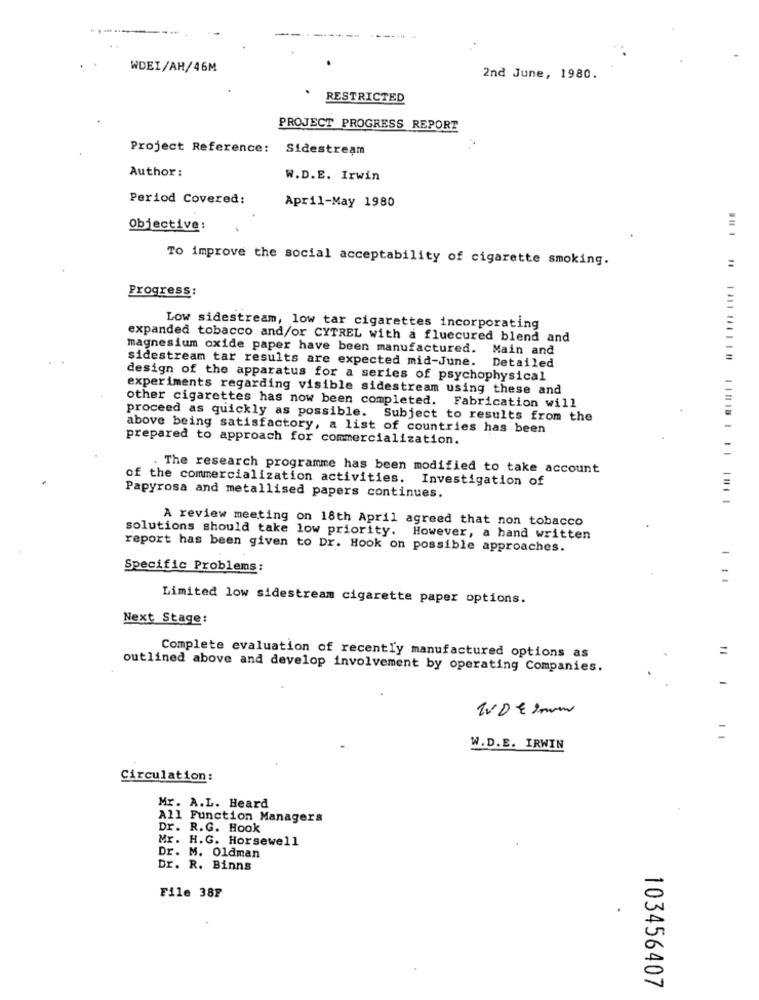
..-.
WDEI/AH/46M
2nd June, 1980.
RESTRICTED
PROJECT PROGRESS REPORT
Project Reference: Sidestream
Author :
W.D.E. Irwin
Period Covered:
April-May 1980
Objective:
To improve the social acceptability of cigarette smoking.
=
Progress:
Low sidestream, low tar cigarettes incorporating
expanded tobacco and/or CYTREL with a fluecured blend and
magnesium oxide paper have been manufactured. Main and
sidestream tar results are expected mid-June.
Detailed
design of the apparatus for a series of psychophysical
experiments regarding visible sidestream using these and
other cigarettes has now been completed. Fabrication will
proceed as quickly as possible. Subject to results from the
above being satisfactory, a list of countries has been
prepared to approach for commercialization.
The research programme has been modified to take account
of the commercialization activities. Investigation of
Papyrosa and metallised papers continues.
A review meeting on 18th April agreed that non tobacco
solutions should take low priority. However, a hand written
report has been given to Dr. Hook on possible approaches.
1
Specific Problems:
Limited low sidestream cigarette paper options.
Next Stage:
=
Complete evaluation of recently manufactured options as
outlined above and develop involvement by operating Companies.
TUDESum
=
W.D.E. IRWIN
Circulation:
Mr. A.L. Heard
All Function Managers
Dr. R.G. Hook
Mr. H.G. Horsewell
Dr. M. Oldman
Dr. R. Binns
File 38F
103456407